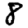
Digit: 8